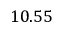
1 0 . 5 5